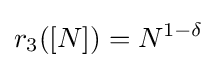
r_{3}([N])=N^{1-\delta }